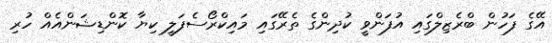
އޭގެ ފަހުން ބްރެޒިލްގައި އުފަންވީ ކުދިންގެ ތެރޭގައި މައިކްރޯސެފަލީ ކިޔާ ކޮންޑިޝަންއެއް ހުރި